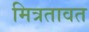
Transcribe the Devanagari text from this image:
मित्रतावत